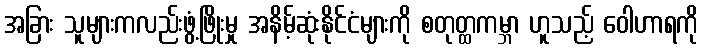
အခြား သူများကလည်းဖွံ့ဖြိုးမှု အနိမ့်ဆုံးနိုင်ငံများကို စတုတ္ထကမ္ဘာ ဟူသည့် ဝေါဟာရကို